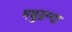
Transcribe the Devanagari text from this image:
मधुद्वन्दा